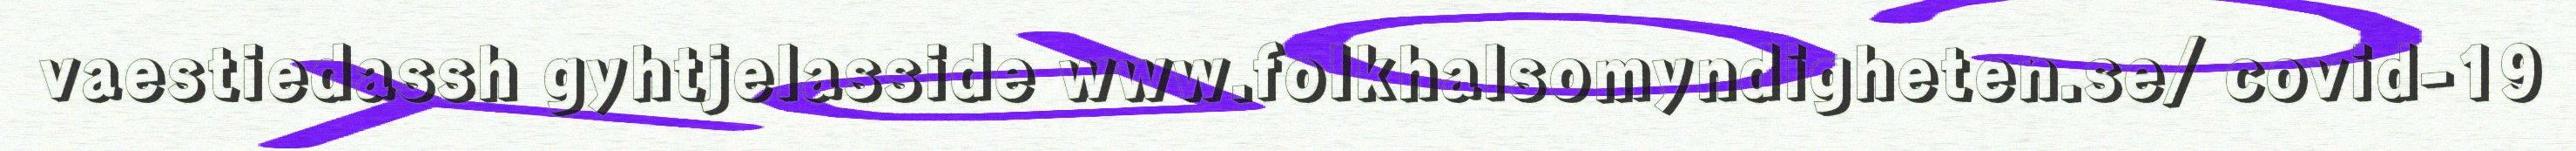
vaestiedassh gyhtjelasside www.folkhalsomyndigheten.se/ covid-19